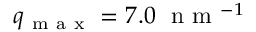
q _ { \mathrm { ~ m ~ a ~ x ~ } } = 7 . 0 \ \mathrm { ~ n ~ m ~ } ^ { - 1 }